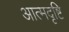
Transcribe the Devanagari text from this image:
आत्मदृष्टि